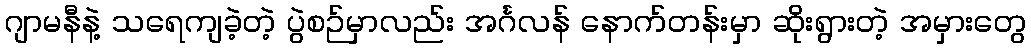
ဂျာမနီနဲ့ သရေကျခဲ့တဲ့ ပွဲစဉ်မှာလည်း အင်္ဂလန် နောက်တန်းမှာ ဆိုးရွားတဲ့ အမှားတွေ